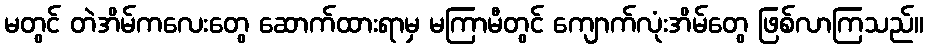
မတွင် တဲအိမ်ကလေးတွေ ဆောက်ထားရာမှ မကြာမီတွင် ကျောက်လုံးအိမ်တွေ ဖြစ်လာကြသည်။